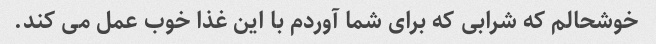
خوشحالم که شرابی که برای شما آوردم با این غذا خوب عمل می کند.